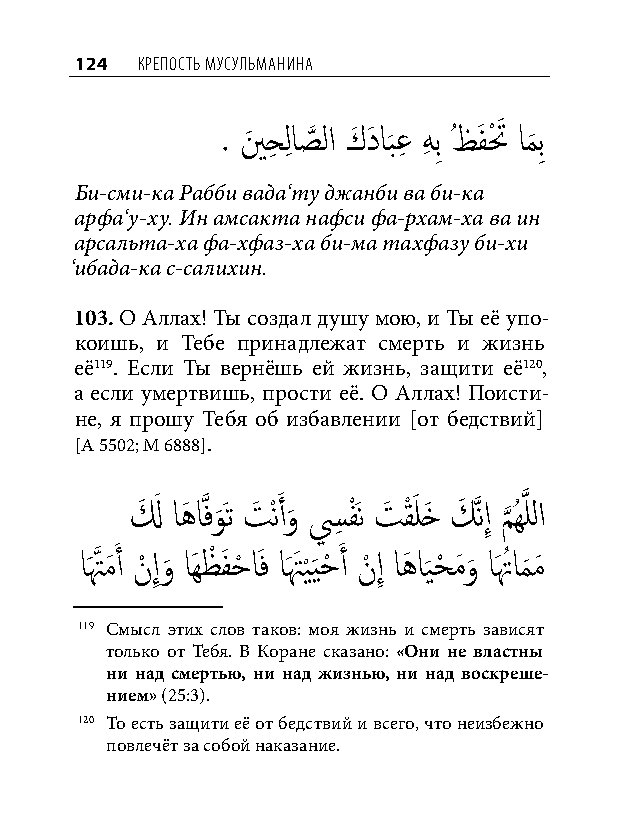
124 КреПость мусульманина
 . ينَ حِ لِ اصَّذ لا كَ دَ اب
 َ
 عِ هِ بِ ُظفَ تْ َ ام
 َ
 بِ
 Би-сми-ка Рабби вада‘ту джанби ва би-ка
 арфа‘у-ху. Ин амсакта нафси фа-рхам-ха ва ин
 арсальта-ха фа-хфаз-ха би-ма тахфазу би-хи
 ‘ибада-ка с-салихин.
 103. О Аллах! Ты создал душу мою, и Ты её упо-
 коишь, и Тебе принадлежат смерть и жизнь
 её119. Если Ты вернёшь ей жизнь, защити её120,
 а если умертвишь, прости её. О Аллах! Поисти-
 не, я прошу Тебя об избавлении [от бедствий]
 [А 5502; М 6888].
 لَ َ اهَ اَّذفوَت تَ ْنَ أو سِ فَْن تَ قْ َ لخَ كَ َّذنإِ مُهَّذ للا
 َ    َ             َّذ
 اَتَّذ مَ َ أ نْ إِو
 َ
 اَهظْ فَ حْ اَف اَتَ ي
 ْ
 َيحْ َ أ نْ إِ اهَ اي
 َ
 حْ مَو
 َ
 اَتُ ام
 َ
 مَ
 119 Смысл этих слов таков: моя жизнь и смерть зависят
 только от Тебя. В Коране сказано: «Они не властны
 ни над смертью, ни над жизнью, ни над воскреше-
 нием» (25:3).
 120 То есть защити её от бедствий и всего, что неизбежно
 повлечёт за собой наказание.